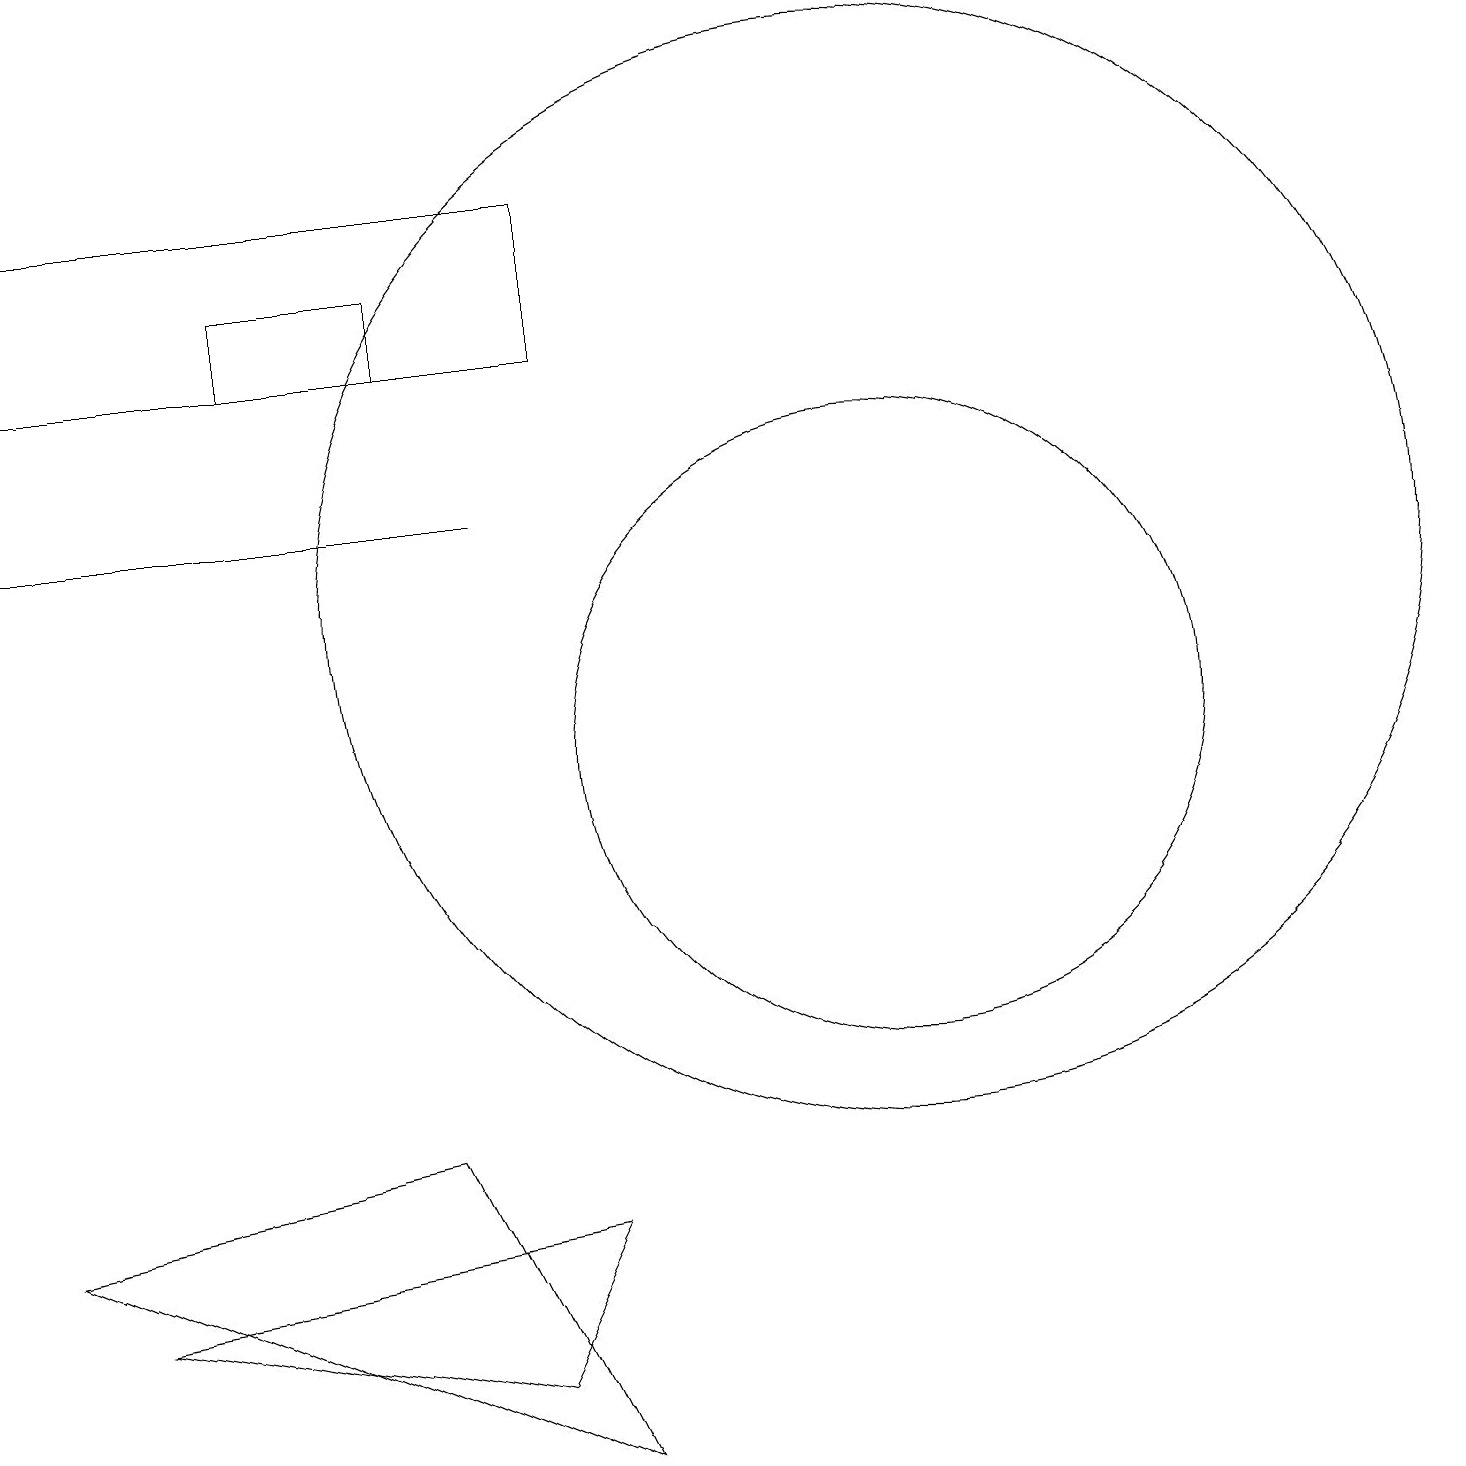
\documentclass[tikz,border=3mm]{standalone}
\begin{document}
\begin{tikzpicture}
\draw (6,2) -- (7,4) -- (1,3) -- cycle;
\draw (5,16) rectangle (3,15);
\draw (11,10) circle (4);
\draw (7,1) -- (0,4) -- (5,5) -- cycle;
\draw (7,17) rectangle (0,15);
\draw (11,12) circle (7);
\draw (6,13) rectangle (0,13);
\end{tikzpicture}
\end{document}